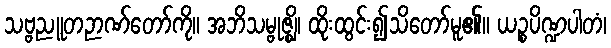
သဗ္ဗညူတဉာဏ်တော်ကို။ အဘိသမ္ဗုဇ္ဈိ၊ ထိုးထွင်း၍သိတော်မူ၏။ ယဉ္စပိဏ္ဍပါတံ၊